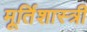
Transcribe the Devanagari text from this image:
मूर्तिशास्त्री